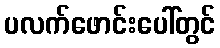
ပလက်ဖောင်းပေါ်တွင်